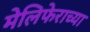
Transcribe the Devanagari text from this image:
मेलिफेराच्या